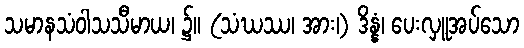
သမာနသံဝါသသီမာယ၊ ၌။ (သံဃဿ၊ အား၊) ဒိန္နံ၊ ပေးလှူအပ်သော